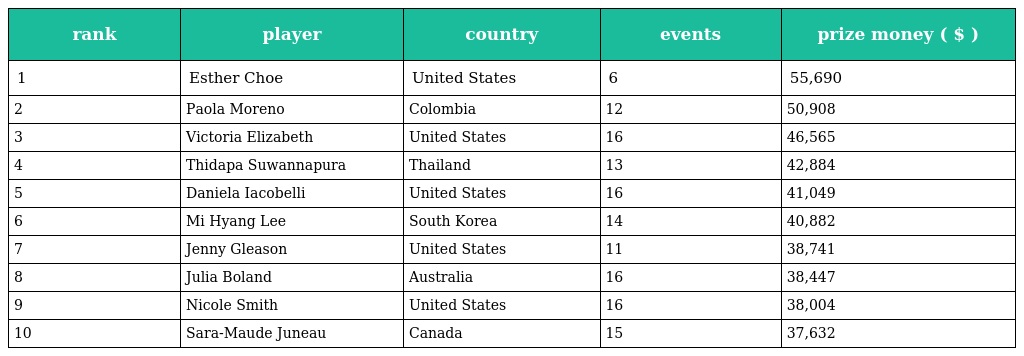
| rank | player | country | events | prize money ( $ ) |
 | --- | --- | --- | --- | --- |
 | 1 | Esther Choe | United States | 6 | 55,690 |
 | 2 | Paola Moreno | Colombia | 12 | 50,908 |
 | 3 | Victoria Elizabeth | United States | 16 | 46,565 |
 | 4 | Thidapa Suwannapura | Thailand | 13 | 42,884 |
 | 5 | Daniela Iacobelli | United States | 16 | 41,049 |
 | 6 | Mi Hyang Lee | South Korea | 14 | 40,882 |
 | 7 | Jenny Gleason | United States | 11 | 38,741 |
 | 8 | Julia Boland | Australia | 16 | 38,447 |
 | 9 | Nicole Smith | United States | 16 | 38,004 |
 | 10 | Sara-Maude Juneau | Canada | 15 | 37,632 |